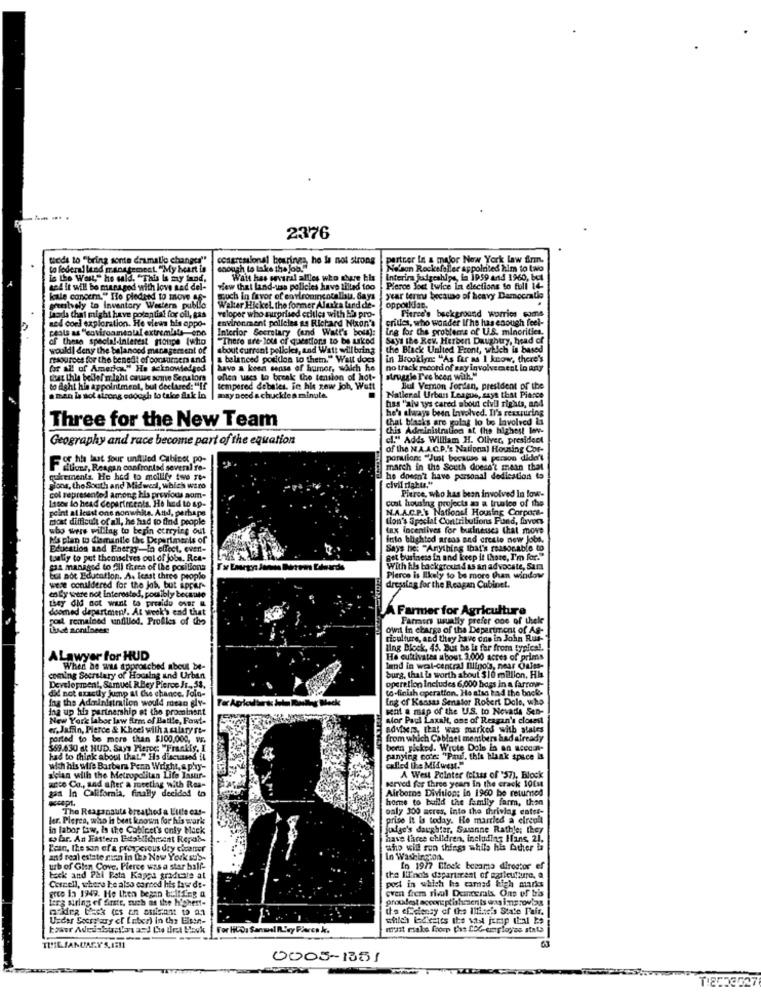
2376
theds to "bring sonte dramatic changes"
congressional bearings he la not strong
partner In a major New York law firm.
to federal land management. "My heart is
enough to take the Job !!
Nelson Rockefeller appointed him to two
is the West," he said, "This Is my fund,
Wait has several alles who share his
Interim judgeships, is I959 and 1960, bet
and it will be managed with love nad del-
wiew that land-use policies have tilted too
Pierce Jost Lwice in elections to full 14
kale concern." Ilo pledand to move sf-
much in favor of environincocallau. Says
year terms because of heavy Damoczalle
pensively to inventory Western public
Walter Hic kel. the former Alaska land de-
opporldan.
Ladda that might have potential for oil, gas
abd coel exploration. He views his appo-
valoper who surprised eritles with ba pro-
environment polloles as Richard Nixon's
prides, who wonder If he has enough feel-
Fitree's background worries some
peals as "coviroamsoll extremists eno
Interior Secretary (and Wait's boul):
Ing for the problemrs of U.S. minorities.
of these special-interest pourpe (who
"There are- lou of questions to be asked
Says the Rev. Herbert Daughtry, head of
would! deny the balanced management of
about current policies, and Watt will bring
the Black United Front, which is based
resources for the benefit of consumers and
a balanced position to them." Walt does
in Brooklyn "As far as I know, there's
for all of America." He acknowledged
have a keen sense of humor, which he
no track record of say involvecaest lo Ray
that thle bellel might cause some Senators
ollen uses to break the tension of hot-
struggle Pro been with."
to fight hin appointment, but declared: "If
tempered debales. Fe his zow joh, Weft
Bul Vernon Jordan, president of the
a man la sol strong enough to take dlak in
may need a chuckle a mingle.
National Urban League, says that Pierce
bas "aiv ts cared about civil rights, and
he's always been Involved. Il's reaspiring
Three for the New Team
that blacks are golas lo be Involved &i
chis Administration at the highest lov-
Geography and race become part of the equation
cl." Adds William H. Oliver, president
of the NA.A.C.P.'s National Housing Cor-
of the hut sour unfiled Cabinet po-
portions "Just because & person dide't
duuns, Reagan confronted several re-
march in the South doesn't mean that
quakements He had to mollify two re-
he doesn't have personal dedication to
civil rights."
gloos, the South and Midwel, which waro
col represented among tis previous aom-
coat housing projects as a trueloo of the
Pierce, who has been involved In low-
1asos lo head Copartrents. He had to ap-
peint at least one nonwhite. And, perhaps
N.A.A.C.P.S. National Housing Corpora-
most difficult of all, he had to find people
ton's Special Contributions Fund, favors
who were willing to begin ecrying out
tax incentives for businesses that move
Ma plan to dismantle the Departments of
into blighted areas and create new Jobs.
Education and Energy-In effect, event-
Says he: "Anything that's reasonable to
toaliy to put themselves out of jobs. Rea-
get business in and keep it those, I'm for."
Sas managed to fill there of the positions
With his background as an advocate, Sam
but not Education. A. least three propio
Plerce is likely to be more than window
were conildered for the job, but appar-
dressing for the Reagan Cabinet.
en by seare not Interested, pomibly because
they did not want to preaidu ONBr &
doomed department !. At week's cad that
Farmer for Agriculture
poul remained unfilled. Profiles of the
Farmers wually prefer one of thele
Owil In charge of the Department of As-
riculture, and they have one in John Rus-
ling Block, 45. But he is far from typical.
ALawyer for HUD
He cultivates about 3,000 acres of prims
When he was approtcbed about be-
land in weal-central Illinois, near Oules-
comming Secretary of Housing and Urban
csing and Urban
operation Includes 6,000 hoss in a farrove-
burg, that le worth about $10 million. His
Development, Samuel RBey Pierce Jr ., 53.
did not exactly jump at Chse chance. Folo-
to finish operation. He also had the back-
Ing the Administration would mean elv-
Ing of Kansas Senator Robert Dole, who
ina up his partnership at the prominent
Ter Agricultura Jula Maslleg Beck
kat a map of the U.S. to Nevads Sen-
New Yor' labor law firm of Battle, Fast-
sfor Paul Laxalt, ons of Reagan's closest
«. Jafin, Pierce & Kheel with a salary re-
advisers, that was marked with states
posted to be more than $100.000, VE.
from which Cabinet members had already
359.630 at HUD. Sayı Pierce: "Frankis, I
bonn picked. Wrote Dole la an accom-
had to think about that." Ha discussed it
panying co'es "Paul, this blank space is
wich his wife Barbara Penn Wright, a phy-
called the Midwest."
aician with the Metropolitan Life Issur-
served for three years in the crack 10Cm
A West Pointer (class of '57), Block
gas In California, finally decided to
arco Co ., and after a meeting with Ras-
Airborne Division: in 1960 be returned
homme to build the family farm, then
The Reaganauts breathed a Lille cus-
paly 300 acres, into the thrivlag catse-
ler. Plerea, who is best known for his work
prise it Is today. He married a elrepl
n labor law, is the Cobicet's only Mark
judge's daughter, Samanne Rathle; they
wbr. An Fattern Establishment Repas-
have laces children, including Hans, 21.
Kein, the son of a prosperous dry cicaner
sho wil run things while his Acher ba
and real estate men In the New York su'S-
In Washington.
urb of Glen Cove. Pierce was a star ball-
In 1977 Clock became director ef
tack and Phi Pota Kappa graduate at
the Ilinois department of sarleutium
Corcell, where he also earned his law de-
even frem rival Deterals. Ons of bis
post in which ha camad high marks
Lerg wiring of firstr, such as the highest-
arte in 1949. He then began bull Leg a
proudest accomplishments was improving
the efelensy of the Illinois State Fair.
Under Secretary of Luber) in the Eisen-
For Hoos Sanmal RY'sy Parca k.
ODOS-1351